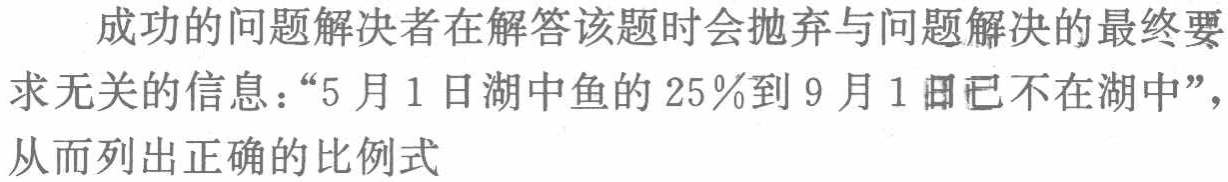
成功的问题解决者在解答该题时会抛弃与问题解决的最终要

求无关的信息：“5 月 1 日湖中鱼的 25％到 9 月 1 日已不在湖中”，

从而列出正确的比例式